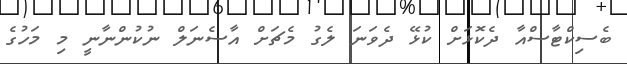
ބެސިކްޓާސްއާ ދެކޮޅަށް ކުޅޭ ދެވަނަ ލެގު މެޗަށް އާސެނަލް ނުކުންނާނީ މި މަހުގެ